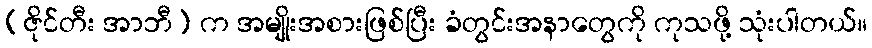
(ဇိုင်တီး အာဘီ) က အမျိုးအစားဖြစ်ပြီး ခံတွင်းအနာတွေကို ကုသဖို့ သုံးပါတယ်။